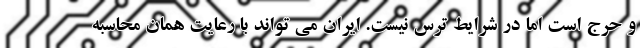
و حرج است اما در شرایط ترس نیست. ایران می تواند با رعایت همان محاسبه